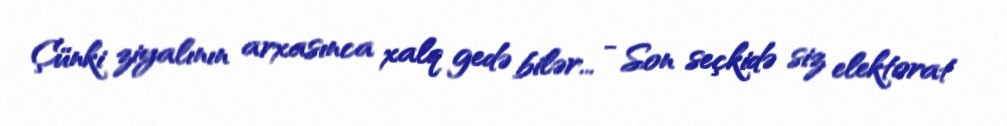
Çünki ziyalının arxasınca xalq gedə bilər... - Son seçkidə siz elektorat